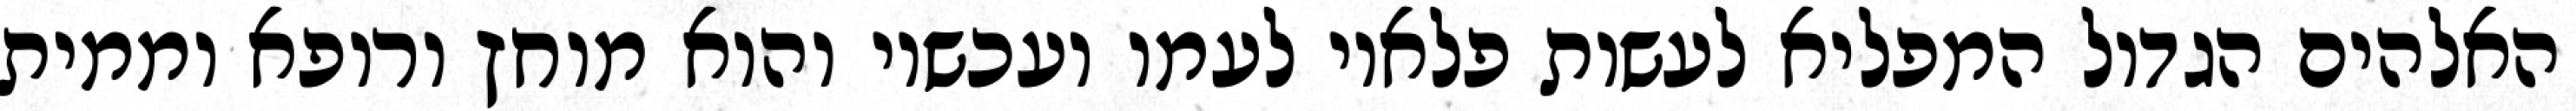
האלהים הגדול המפליא לעשות פלאיו לעמו ועכשיו והוא מוחץ ורופא וממית